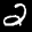
Label: 2